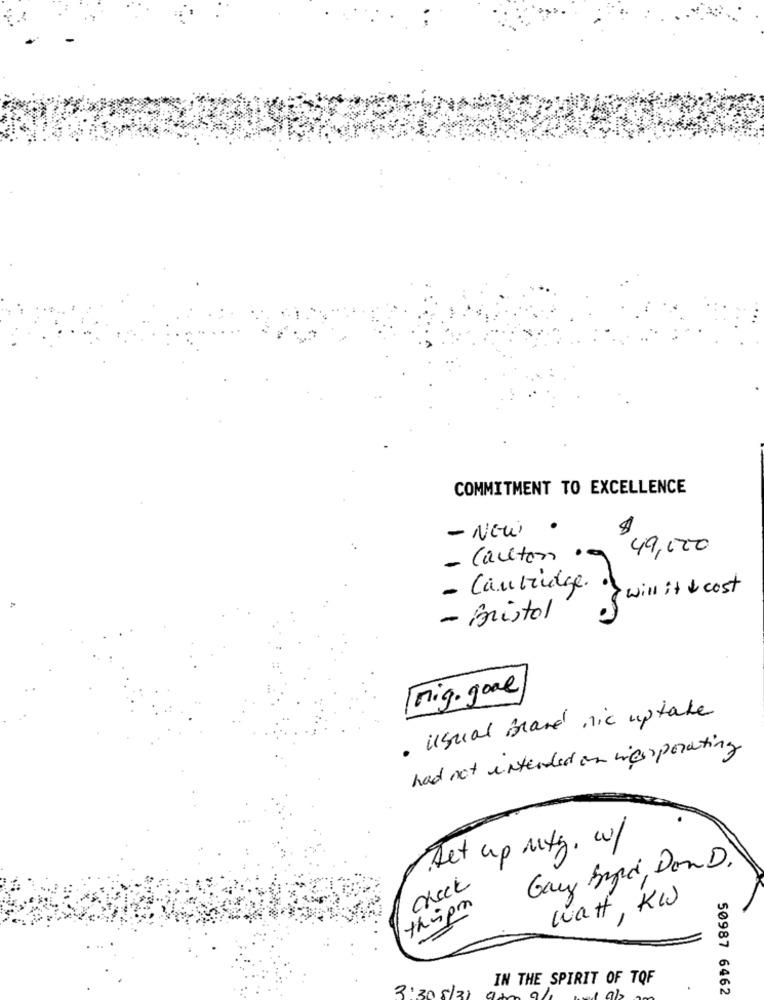
COMMITMENT TO EXCELLENCE
$
- NEW
49,000
- Carlton
9
- Cantrudge.
I will it & cost
- Bristol
Mig. goal
· usual Brand nic uptake
had not intended on vier pointing
Set up mitg. w/
Gary Ingrid, Don D.
check
watt, Kw
thripm
IN THE SPIRIT OF TOF
3'305/31
50987 6462